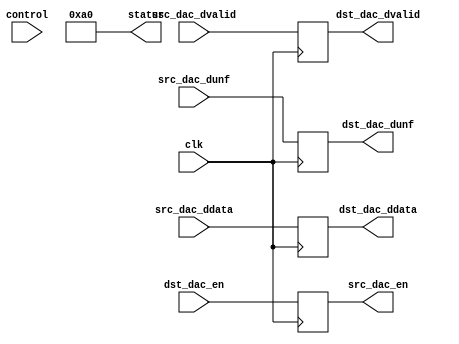
module prcfg_dac_4(
  clk,
  control,
  status,
  src_dac_en,
  src_dac_ddata,
  src_dac_dunf,
  src_dac_dvalid,
  dst_dac_en,
  dst_dac_ddata,
  dst_dac_dunf,
  dst_dac_dvalid
);
  localparam  RP_ID       = 8'hA0;
  parameter   CHANNEL_ID  = 0;
  input             clk;
  input   [31:0]    control;
  output  [31:0]    status;
  output            src_dac_en;
  input   [31:0]    src_dac_ddata;
  input             src_dac_dunf;
  input             src_dac_dvalid;
  input             dst_dac_en;
  output  [31:0]    dst_dac_ddata;
  output            dst_dac_dunf;
  output            dst_dac_dvalid;
  reg               src_dac_en;
  reg     [31:0]    dst_dac_ddata;
  reg               dst_dac_dunf;
  reg               dst_dac_dvalid;
  assign status = {24'h0, RP_ID};
  always @(posedge clk) begin
    src_dac_en     <= dst_dac_en;
    dst_dac_ddata  <= src_dac_ddata;
    dst_dac_dunf   <= src_dac_dunf;
    dst_dac_dvalid <= src_dac_dvalid;
  end
endmodule